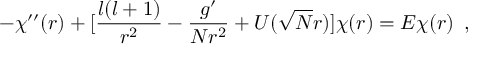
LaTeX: - \chi ^ { \prime \prime } ( r ) + [ \frac { l ( l + 1 ) } { r ^ { 2 } } - \frac { g ^ { \prime } } { N r ^ { 2 } } + U ( \sqrt { N } r ) ] \chi ( r ) = E \chi ( r ) \, \, \, ,